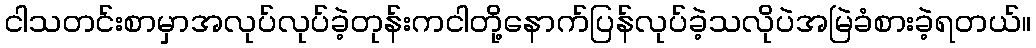
ငါသတင်းစာမှာအလုပ်လုပ်ခဲ့တုန်းကငါတို့နောက်ပြန်လုပ်ခဲ့သလိုပဲအမြဲခံစားခဲ့ရတယ်။